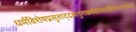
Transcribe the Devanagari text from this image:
धर्मविशेषप्रसूताद्द्रव्यगुणकर्मसामान्यविशेषसमवायानां